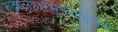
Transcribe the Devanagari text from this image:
रुद्राक्षहारभूषणाढ़यमं